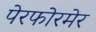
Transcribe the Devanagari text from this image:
पेरफोरमेर